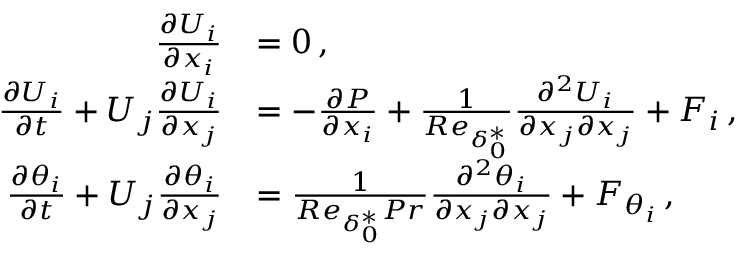
\begin{array} { r l } { \frac { \partial U _ { i } } { \partial x _ { i } } } & { = 0 \, , } \\ { \frac { \partial U _ { i } } { \partial t } + U _ { j } \frac { \partial U _ { i } } { \partial x _ { j } } } & { = - \frac { \partial P } { \partial x _ { i } } + \frac { 1 } { R e _ { \delta _ { 0 } ^ { * } } } \frac { \partial ^ { 2 } U _ { i } } { \partial x _ { j } \partial x _ { j } } + F _ { i } \, , } \\ { \frac { \partial \theta _ { i } } { \partial t } + U _ { j } \frac { \partial \theta _ { i } } { \partial x _ { j } } } & { = \frac { 1 } { R e _ { \delta _ { 0 } ^ { * } } P r } \frac { \partial ^ { 2 } \theta _ { i } } { \partial x _ { j } \partial x _ { j } } + F _ { \theta _ { i } } \, , } \end{array}